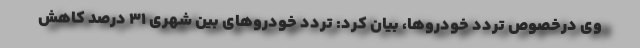
وی درخصوص تردد خودروها، بیان کرد: تردد خودروهای بین شهری ۳۱ درصد کاهش